Civil Veterinary Department. United Provinces 1923-31 - 1923-1931
Year: 1923
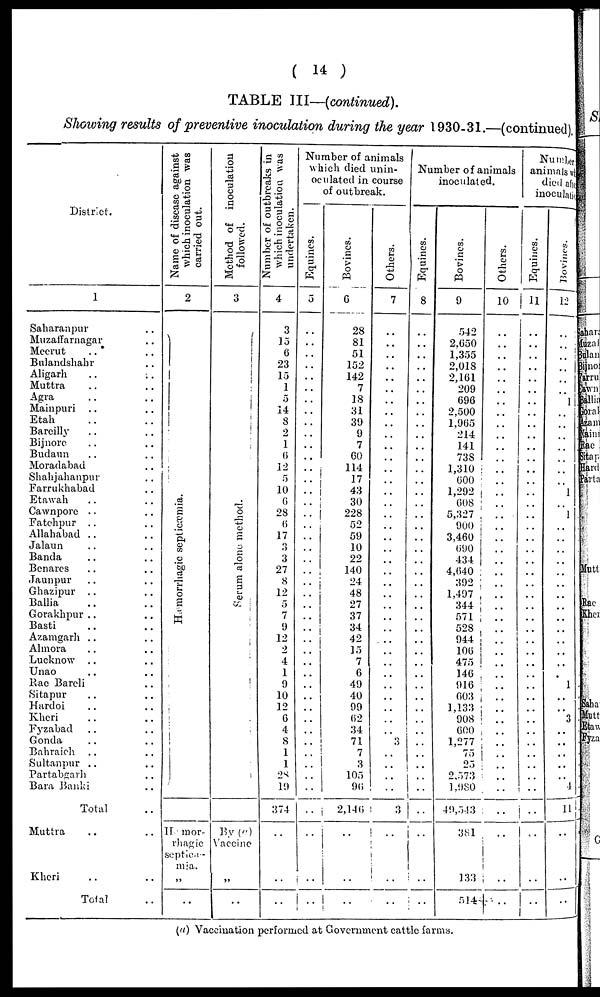
( 14 )
TABLE III—(continued).
Showing results of preventive inoculation during the year 1930-31.—(continued).
District.
1
Saharanpur ..
Muzaffarnagar ..
Meerut .. ..
Bulandshahr ..
Aligarh .. ..
Muttra .. ..
Agra .. ..
Mainpuri .. ..
Etah .. ..
Bareilly .. ..
Bijnore .. ..
Budaun .. ..
Moradabad ..
Shahjahanpur ..
Farrukhabad ..
Etawah .. ..
Cawnpore .. ..
Fatchpur .. ..
Allahabad .. ..
Jalaun .. ..
Banda .. ..
Benares .. ..
Jaunpur .. ..
Ghazipur .. ..
Ballia .. ..
Gorakhpur .. ..
Basti .. ..
Azamgarh .. ..
Almora .. ..
Lucknow .. ..
Unao .. ..
Rae Bareli ..
Sitapur .. ..
Hardoi .. ..
Kheri .. ..
Fyzabad .. ..
Gonda .. ..
Bahraich .. ..
Sultanpur .. ..
Partabgarh ..
Bara Banki ..
Total ..
Muttra .. ..
Kheri .. ..
Total ..
Name of disease against
which inoculation was
carried out.
2
Hæmo r
r
h a g ic septicæmia.
II mor-
rhagic
septice-
mia.
„
..
Method of inoculation
followed.
3
Se r
um alone method.
By (a)
Vaccine
„
..
Number of outbreaks in
which inoculation was
undertaken.
4
3
15
6
23
15
1
5
14
8
2
1
6
12
5
10
6
28
6
17
3
3
27
8
12
5
7
9
12
2
4
1
9
10
12
6
4
8
1
1
28
19
374
..
..
..
Number of animals
which died unin-
oculated in course
of outbreak.
Equines.
5
..
..
..
..
..
..
..
..
..
..
..
..
..
..
..
..
..
..
..
..
..
..
..
..
..
..
..
..
..
..
..
..
..
..
..
..
..
..
..
..
..
..
..
..
..
Bovines.
6
28
81
51
152
142
7
18
31
39
9
7
60
114
17
43
30
228
52
59
10
22
140
24
48
27
37
34
42
15
7
6
49
40
99
62
34
71
7
3
105
90
2,146
..
..
..
Others.
7
..
..
..
..
..
..
..
..
..
..
..
..
..
..
..
..
..
..
..
..
..
..
..
..
..
..
..
..
..
..
..
..
..
..
..
..
3
..
..
..
..
3
..
..
..
..
Number of animals
inoculated.
Equines.
8
..
..
..
..
..
..
..
..
..
..
..
..
..
..
..
..
..
..
..
..
..
..
..
..
..
..
..
..
..
..
..
..
..
..
..
..
..
..
..
..
..
..
..
..
..
Bovines.
9
542
2,050
1,355
2,018
2,161
209
696
2,500
1,965
214
141
738
1,310
600
1,292
608
5,327
900
3,460
690
434
4,640
392
1,497
344
571
528
944
106
..
146
916
603
1,133
908
600
1,277
75
25
2,573
1,980
49,543
381
133
514
Others.
10
..
..
..
..
..
..
..
..
..
..
..
..
..
..
..
..
..
..
..
..
..
..
..
..
..
..
..
..
..
..
..
..
..
..
..
..
..
..
..
..
..
..
..
..
..
Number
animals which
died after
inoculation
Equities.
11
..
..
..
..
..
..
..
..
..
..
..
..
..
..
..
..
..
..
..
..
..
..
..
..
..
..
..
..
..
..
..
..
..
..
..
..
..
..
..
..
..
..
..
..
..
Bovines.
12
..
..
1
..
..
..
1
..
..
..
..
..
..
..
1
.. 1
..
..
..
..
..
..
..
..
..
..
..
..
..
..
1
..
.. 3
..
..
..
..
.. 4
11
..
..
..
(a) Vaccination performed at Government cattle farms.